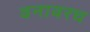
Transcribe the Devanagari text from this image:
वनावरच